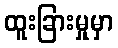
ထူးခြားမှုမှာ